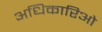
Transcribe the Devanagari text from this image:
अधिकारिओ